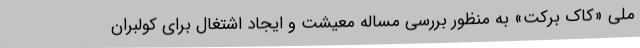
ملی «کاک برکت» به منظور بررسی مساله معیشت و ایجاد اشتغال برای کولبران